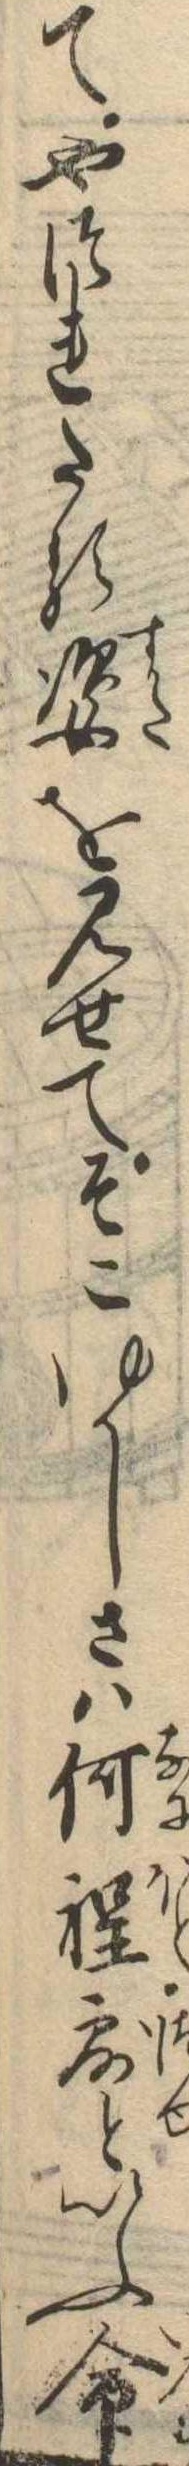
てやつれたる姿を見せてそこゆかしさは何程露といふ命